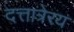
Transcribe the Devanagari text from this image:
दत्तात्रेरय